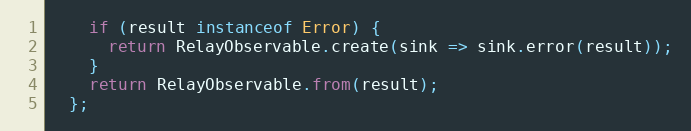
Language: JavaScript
    if (result instanceof Error) {
      return RelayObservable.create(sink => sink.error(result));
    }
    return RelayObservable.from(result);
  };